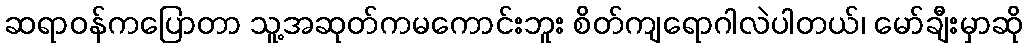
ဆရာဝန်ကပြောတာ သူ့အဆုတ်ကမကောင်းဘူး စိတ်ကျရောဂါလဲပါတယ်၊ မော်ချီးမှာဆို